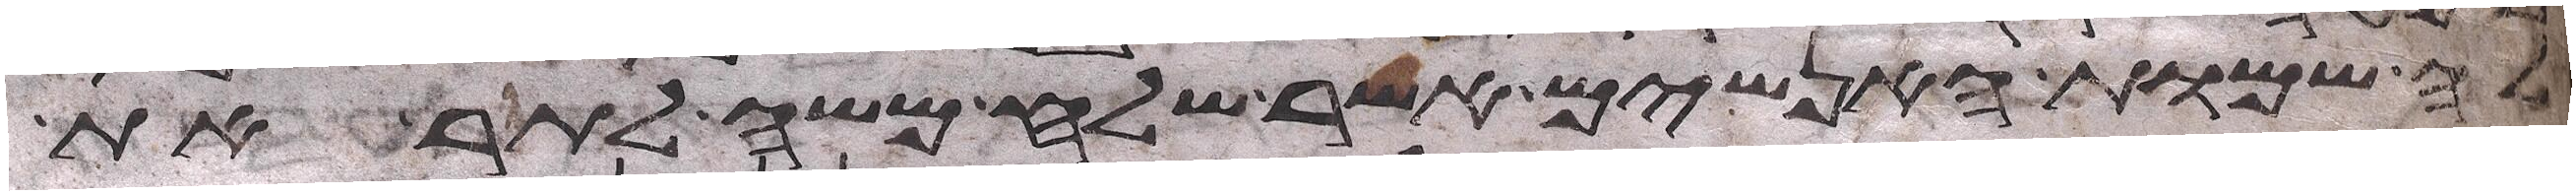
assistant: אלה שמות האנשים אשר שלח משה לתור את